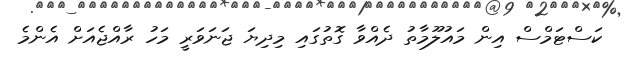
ކަސްޓަމްސް އިން މައުލޫމާތު ދެއްވާ ގޮތުގައި މިދިޔަ ޖަނަވަރީ މަހު ރާއްޖެއަށް އެންމެ